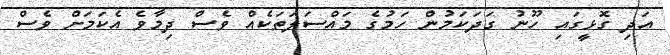
އަދި ގޮޅީގައި ހޫނު ގަދަކަމުން ހަމުގެ މައްސަލަތަކެއް ވެސް ދިމާވެ އެކަމަށް ވެސް